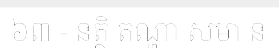
៦៣ - នត្ថិ តណ្ហា សមា ន